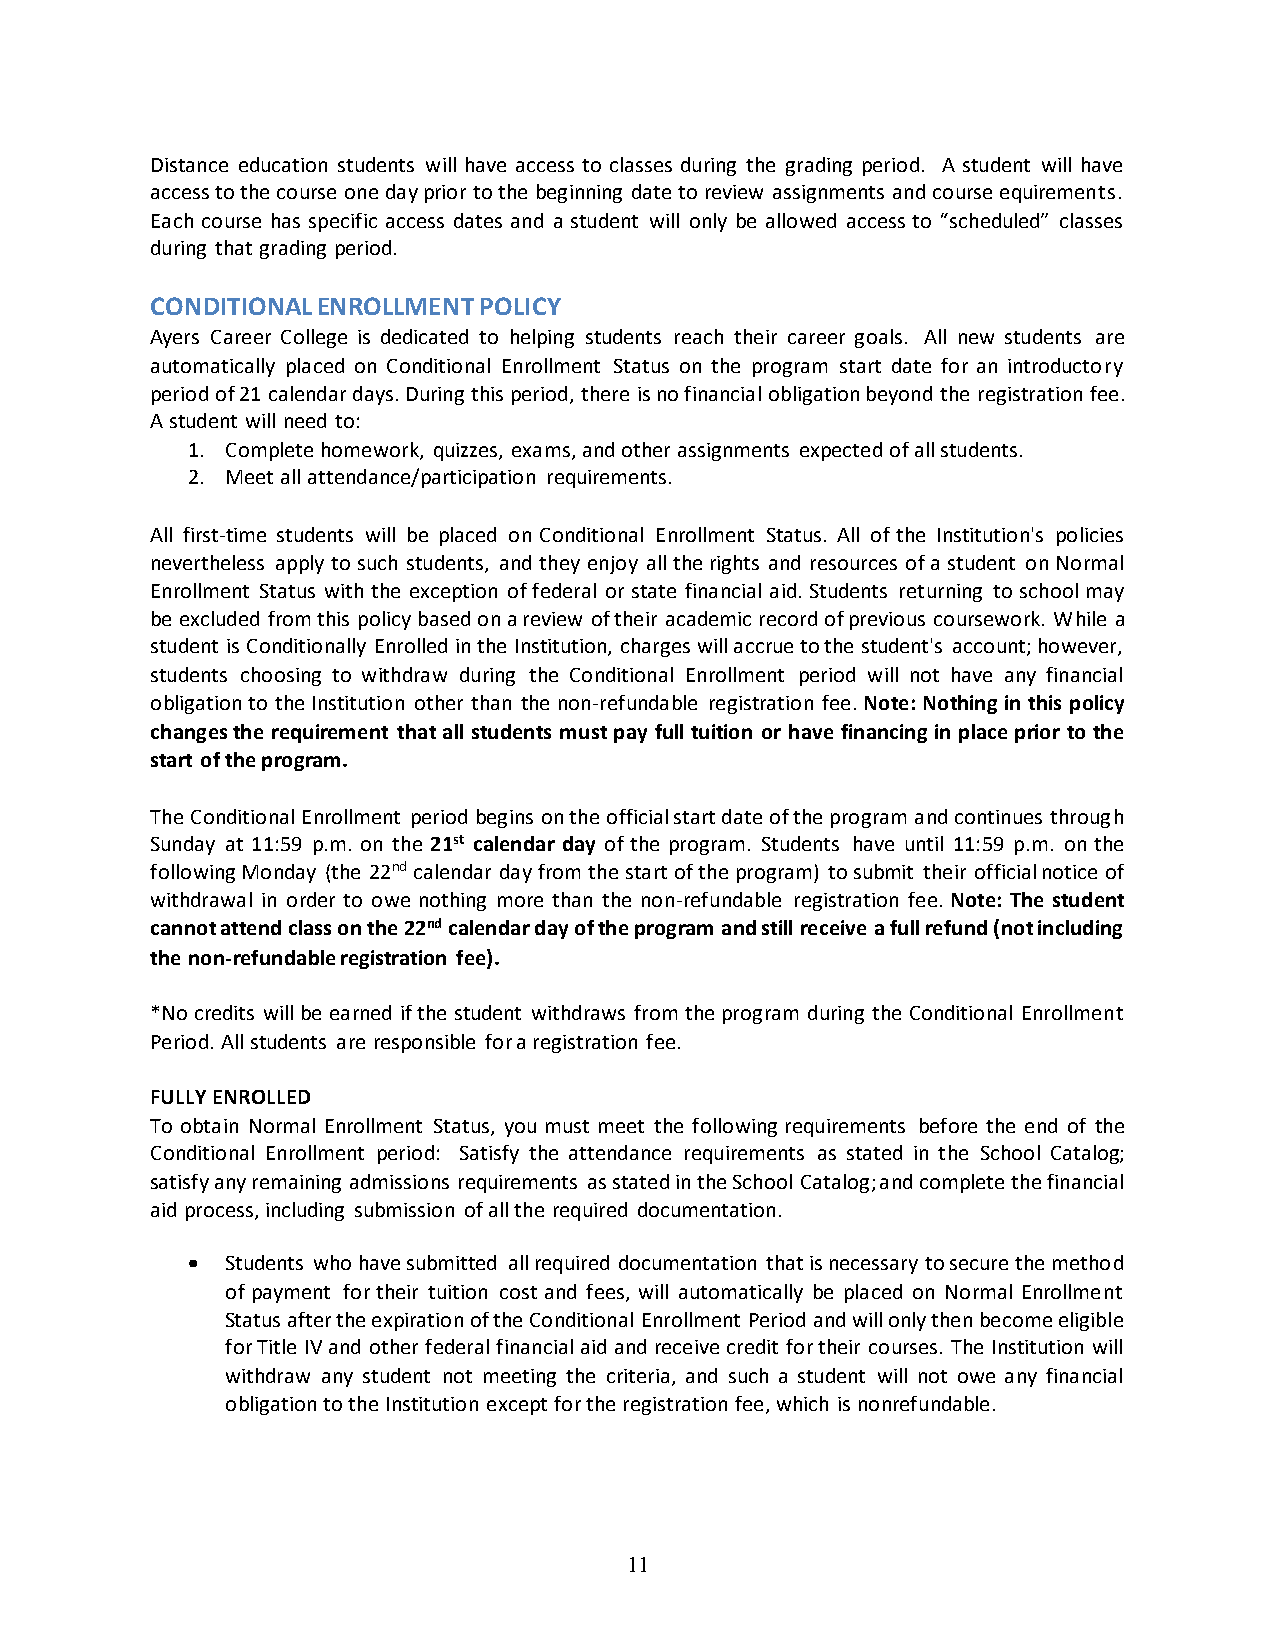
Distance education students will have access to classes during the grading period. A student will have
 access to the course one day prior to the beginning date to review assignments and course equirements.
 Each course has specific access dates and a student will only be allowed access to “scheduled” classes
 during that grading period.
 CONDITIONAL ENROLLMENT POLICY
 Ayers Career College is dedicated to helping students reach their career goals. All new students are
 automatically placed on Conditional Enrollment Status on the program start date for an introductory
 period of 21 calendar days. During this period, there is no financial obligation beyond the registration fee.
 A student will need to:
 1. Complete homework, quizzes, exams, and other assignments expected of all students.
 2. Meet all attendance/participation requirements.
 All first-time students will be placed on Conditional Enrollment Status. All of the Institution's policies
 nevertheless apply to such students, and they enjoy all the rights and resources of a student on Normal
 Enrollment Status with the exception of federal or state financial aid. Students returning to school may
 be excluded from this policy based on a review of their academic record of previous coursework. While a
 student is Conditionally Enrolled in the Institution, charges will accrue to the student's account; however,
 students choosing to withdraw during the Conditional Enrollment period will not have any financial
 obligation to the Institution other than the non-refundable registration fee. Note: Nothing in this policy
 changes the requirement that all students must pay full tuition or have financing in place prior to the
 start of the program.
 The Conditional Enrollment period begins on the official start date of the program and continues through
 Sunday at 11:59 p.m. on the 21st calendar day of the program. Students have until 11:59 p.m. on the
 following Monday (the 22nd calendar day from the start of the program) to submit their official notice of
 withdrawal in order to owe nothing more than the non-refundable registration fee. Note: The student
 cannot attend class on the 22nd calendar day of the program and still receive a full refund (not including
 the non-refundable registration fee).
 *No credits will be earned if the student withdraws from the program during the Conditional Enrollment
 Period. All students are responsible for a registration fee.
 FULLY ENROLLED
 To obtain Normal Enrollment Status, you must meet the following requirements before the end of the
 Conditional Enrollment period: Satisfy the attendance requirements as stated in the School Catalog;
 satisfy any remaining admissions requirements as stated in the School Catalog; and complete the financial
 aid process, including submission of all the required documentation.
 •  Students who have submitted all required documentation that is necessary to secure the method
 of payment for their tuition cost and fees, will automatically be placed on Normal Enrollment
 Status after the expiration of the Conditional Enrollment Period and will only then become eligible
 for Title IV and other federal financial aid and receive credit for their courses. The Institution will
 withdraw any student not meeting the criteria, and such a student will not owe any financial
 obligation to the Institution except for the registration fee, which is nonrefundable.
 11